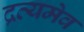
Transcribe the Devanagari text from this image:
द्रव्यमेव